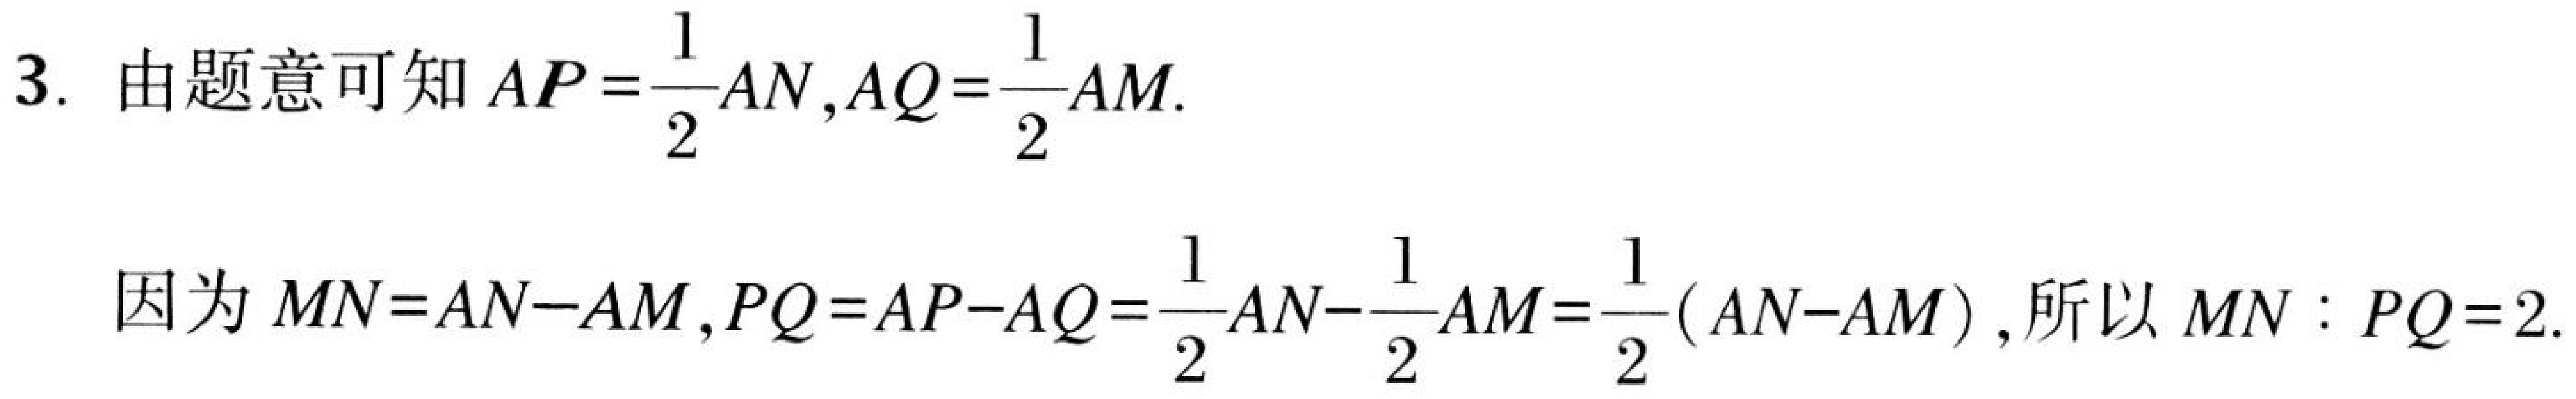
3. 由题意可知$AP=\dfrac{1}{2}AN,AQ=\dfrac{1}{2}AM$.
因为$MN = AN - AM,PQ = AP - AQ=\dfrac{1}{2}AN-\dfrac{1}{2}AM=\dfrac{1}{2}(AN - AM)$,所以$MN:PQ = 2$.